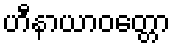
ဟီနာယာဝတ္တော